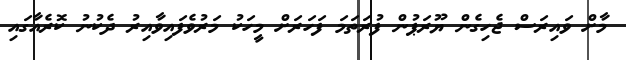
މާށް ވައިރަސް ޖެހިގެން ޔޫރަޕުން ފުރަތަމަ ފަހަރަށް މީހަކު މަރުވެފައިވާއިރު ދެކުނު ކޮރެއާގައި